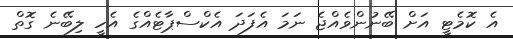
އެ ކޮމެޓީ އަށް ބޭނުންވެއްޖެ ނަމަ އެފަދަ އެކްސްޕާޓެއްގެ އެހީ ލިބޭނެ ގޮތް